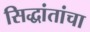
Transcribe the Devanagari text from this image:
सिद्धांतांचा